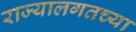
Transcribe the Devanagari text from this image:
राज्यालगतच्या